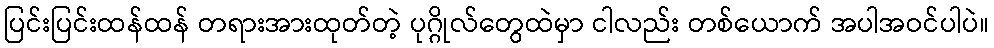
ပြင်းပြင်းထန်ထန် တရားအားထုတ်တဲ့ ပုဂ္ဂိုလ်တွေထဲမှာ ငါလည်း တစ်ယောက် အပါအဝင်ပါပဲ။